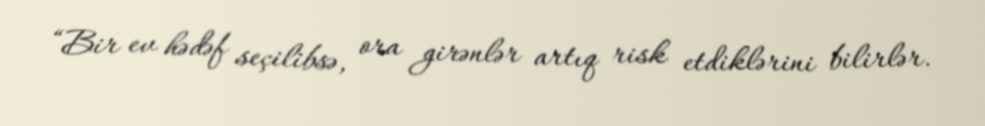
“Bir ev hədəf seçilibsə, ora girənlər artıq risk etdiklərini bilirlər.